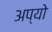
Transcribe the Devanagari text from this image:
अप्यो